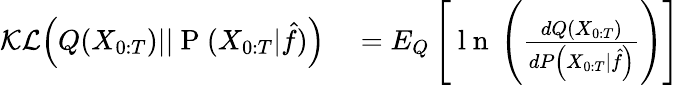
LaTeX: \begin{array}{rl}{\mathcal{KL}\Big(Q(X_{0:T})||\mathrm{~P~}(X_{0:T}|\hat{f})\Big)}&{{}=E_{{Q}}\left[\mathrm{~l~n~}\left(\frac{d{Q}(X_{0:T})}{d{P}\left(X_{0:T}\vert\hat{f}\right)}\right)\right]}\end{array}